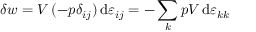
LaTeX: \delta w = V \, ( - p \delta _ { i j } ) \, \mathrm { d } \varepsilon _ { i j } = - \sum _ { k } p V \, \mathrm { d } \varepsilon _ { k k }